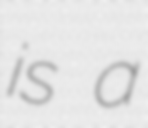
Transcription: is a